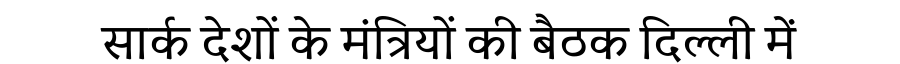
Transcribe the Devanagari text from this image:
सार्क देशों के मंत्रियों की बैठक दिल्ली में